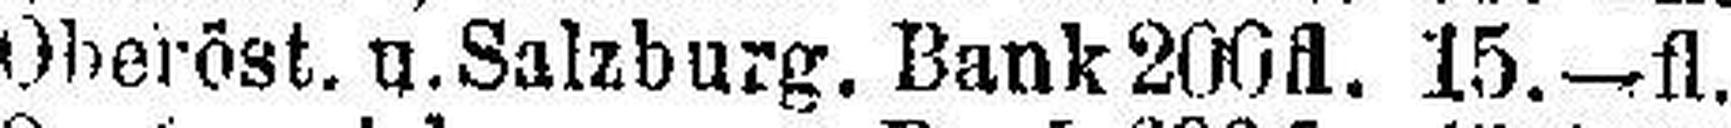
Oberöst. u. Salzburg. Bank 200fl. 15.—fl.